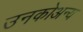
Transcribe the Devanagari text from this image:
उनकोअन्य